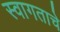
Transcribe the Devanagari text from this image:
स्वागताचे